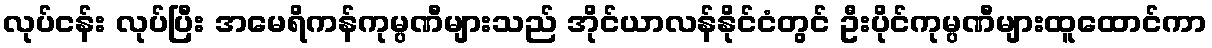
လုပ်ငန်း လုပ်ပြီး အမေရိကန်ကုမ္ပဏီများသည် အိုင်ယာလန်နိုင်ငံတွင် ဦးပိုင်ကုမ္ပဏီများထူထောင်ကာ